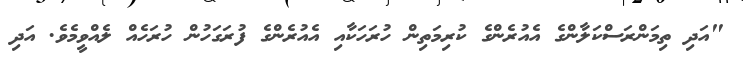
"އަދި ތިމަންރަސްކަލާންގެ އެއުރެންގެ ކުރިމަތިން ހުރަހަކާއި އެއުރެންގެ ފުރަގަހުން ހުރަހެއް ލެއްވީމެވެ. އަދި